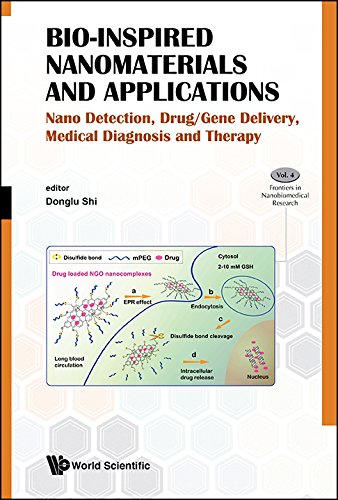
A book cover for Bio-Inspired Nanomaterials and Applications : Nano Detection, Drug/Gene Delivery, Medical Diagnosis and Therapy (Frontiers in Nanobiomedical Research); Donglu Shi; Engineering & Transportation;